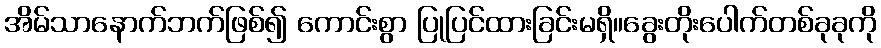
အိမ်သာနောက်ဘက်ဖြစ်၍ ကောင်းစွာ ပြုပြင်ထားခြင်းမရှိ။ခွေးတိုးပေါက်တစ်ခုခုကို